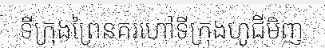
ទីក្រុងព្រៃនគរហៅទីក្រុងហូជីមិញ